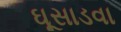
ઘૂસાડવા